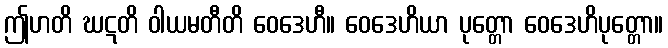
ဤဟတိ ဃဋတိ ဝါယမတီတိ ဝေဒေဟီ။ ဝေဒေဟိယာ ပုတ္တော ဝေဒေဟိပုတ္တော။